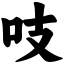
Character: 吱